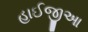
હાઈજીઆ